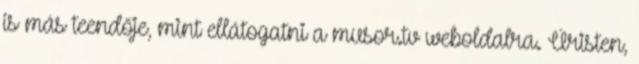
is más teendője, mint ellátogatni a musor.tv weboldalra. Úristen,